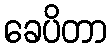
ခေပိတာ